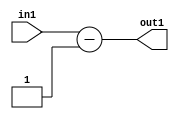
`timescale 1ps / 1ps
/*****************************************************************************
    Verilog RTL Description
    
    
    Created by: Stratus DpOpt 2019.1.01 
*******************************************************************************/

module st_weight_addr_gen_Subi1u16_4_9 (
	in1,
	out1
	); /* architecture "behavioural" */ 
input [15:0] in1;
output [16:0] out1;
wire [16:0] asc001;

assign asc001 = 
	+(in1)
	-(17'B00000000000000001);

assign out1 = asc001;
endmodule

/* CADENCE  urn1SgA= : u9/ySgnWtBlWxVPRXgAZ4Og= ** DO NOT EDIT THIS LINE ******/